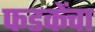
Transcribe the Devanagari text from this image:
फडकेंचा